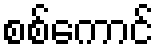
စစ်ကောင်